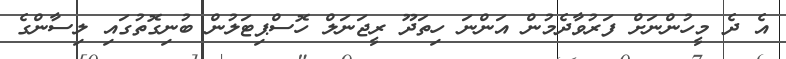
އެ ދެ މީހުންނަށް ފަރުވާދެމުން އަންނަ ހިތަދޫ ރީޖަނަލް ހޮސްޕިޓަލުން ބުނިގޮތުގައި ލިސާންގެ